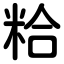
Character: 粭